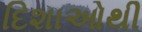
દિશાઓથી